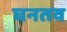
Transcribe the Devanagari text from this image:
घनतव